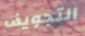
التجويف